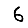
Digit: 6